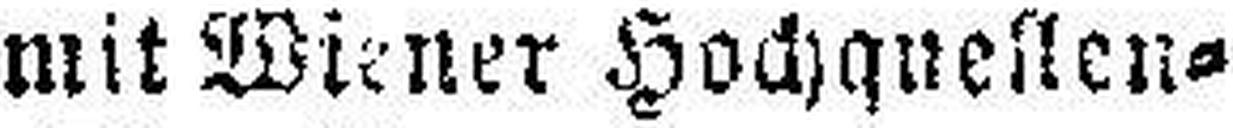
mit Wiener Hochquellen=